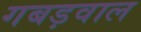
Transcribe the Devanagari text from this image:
गबड़वाल